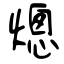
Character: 熜